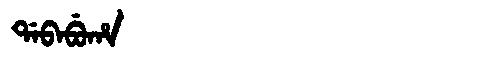
Manchu: ᡩᠠᠪᠠᠪᡠᡥᠠ
Romanization: DABABUHA